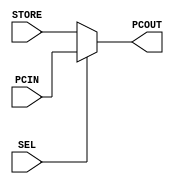
// Computer Architecture (CO224) - Lab 05
// Design: pc slect multiplexer of Simple Processor
`timescale 1ns/100ps
module MUXPC (STORE, PCIN, SEL, PCOUT);
    
    input SEL;              //inputs for the multiplexer
    input [31:0] STORE, PCIN;
    output reg [31:0] PCOUT;//output and register for the multiplexer

   //assign PCOUT = (1'bX)?PCIN:STORE;  //this not work for the dont care conditions
    always @ (*)//resting pc when reset is high is done at asynchronously and having 1 time delay
     begin
        if(SEL == 1)//selection is one only for jump or branch if equal occasions
     	   PCOUT = PCIN;//this happen only when jump or branch if equal occasions are happened
        else
           PCOUT = STORE;//for other events
     end
 
endmodule